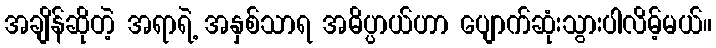
အချိန်ဆိုတဲ့ အရာရဲ့ အနှစ်သာရ အဓိပ္ပာယ်ဟာ ပျောက်ဆုံးသွားပါလိမ့်မယ်။